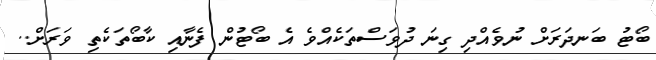
ބޯޓު ބަނދަރަށް ނުވެއްދި ގިނަ ދުވަސްތަކެއްވެ އެ ބޯޓުން ފެނާއި ކާބޯތަކެތި ވަރަށް..